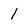
Character: 1